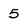
Character: 5